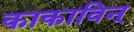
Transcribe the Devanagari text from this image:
काकाविन्